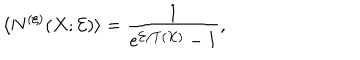
LaTeX: \langle N ^ { ( \xi ) } ( X ; { \cal E } ) \rangle = \frac { 1 } { e ^ { { \cal E } / T ( X ) } - 1 } ,